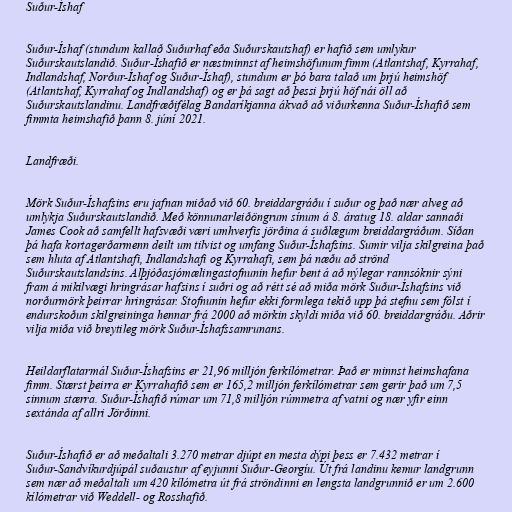
Suður-Íshaf

Suður-Íshaf (stundum kallað Suðurhaf eða Suðurskautshaf) er hafið sem umlykur
Suðurskautslandið. Suður-Íshafið er næstminnst af heimshöfunum fimm (Atlantshaf, Kyrrahaf,
Indlandshaf, Norður-Íshaf og Suður-Íshaf), stundum er þó bara talað um þrjú heimshöf
(Atlantshaf, Kyrrahaf og Indlandshaf) og er þá sagt að þessi þrjú höf nái öll að
Suðurskautslandinu. Landfræðifélag Bandaríkjanna ákvað að viðurkenna Suður-Íshafið sem
fimmta heimshafið þann 8. júní 2021.

Landfræði.

Mörk Suður-Íshafsins eru jafnan miðað við 60. breiddargráðu í suður og það nær alveg að
umlykja Suðurskautslandið. Með könnunarleiðöngrum sínum á 8. áratug 18. aldar sannaði
James Cook að samfellt hafsvæði væri umhverfis jörðina á suðlægum breiddargráðum. Síðan
þá hafa kortagerðarmenn deilt um tilvist og umfang Suður-Íshafsins. Sumir vilja skilgreina það
sem hluta af Atlantshafi, Indlandshafi og Kyrrahafi, sem þá næðu að strönd
Suðurskautslandsins. Alþjóðasjómælingastofnunin hefur bent á að nýlegar rannsóknir sýni
fram á mikilvægi hringrásar hafsins í suðri og að rétt sé að miða mörk Suður-Íshafsins við
norðurmörk þeirrar hringrásar. Stofnunin hefur ekki formlega tekið upp þá stefnu sem fólst í
endurskoðun skilgreininga hennar frá 2000 að mörkin skyldi miða við 60. breiddargráðu. Aðrir
vilja miða við breytileg mörk Suður-Íshafssamrunans.

Heildarflatarmál Suður-Íshafsins er 21,96 milljón ferkílómetrar. Það er minnst heimshafana
fimm. Stærst þeirra er Kyrrahafið sem er 165,2 milljón ferkílómetrar sem gerir það um 7,5
sinnum stærra. Suður-Íshafið rúmar um 71,8 milljón rúmmetra af vatni og nær yfir einn
sextánda af allri Jörðinni.

Suður-Íshafið er að meðaltali 3.270 metrar djúpt en mesta dýpi þess er 7.432 metrar í
Suður-Sandvíkurdjúpál suðaustur af eyjunni Suður-Georgíu. Út frá landinu kemur landgrunn
sem nær að meðaltali um 420 kílómetra út frá ströndinni en lengsta landgrunnið er um 2.600
kílómetrar við Weddell- og Rosshafið.